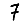
Digit: 7